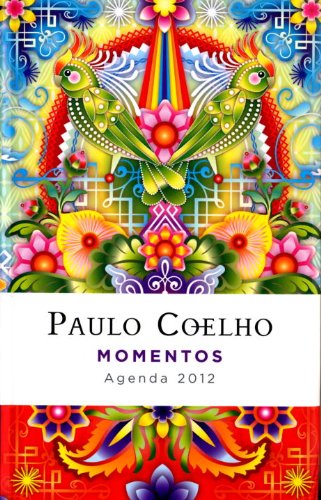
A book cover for Momentos: 2012 Coelho Calendario (Spanish Edition); Paulo Coelho; Calendars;